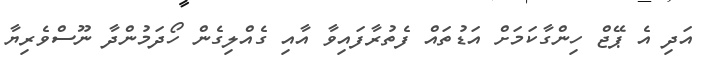
އަދި އެ ޕޭޖް ހިންގާކަމަށް އަޑުތައް ފެތުރާފައިވާ އާއި ގެއްލިގެން ހޯދަމުންދާ ނޫސްވެރިޔާ